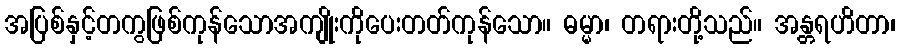
အပြစ်နှင့်တကွဖြစ်ကုန်သောအကျိုးကိုပေးတတ်ကုန်သော။ ဓမ္မာ၊ တရားတို့သည်။ အန္တရဟိတာ၊